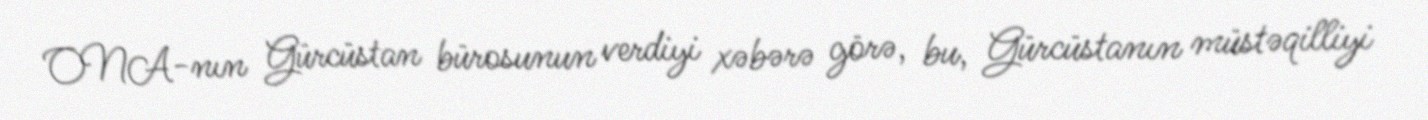
ONA-nın Gürcüstan bürosunun verdiyi xəbərə görə, bu, Gürcüstanın müstəqilliyi